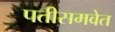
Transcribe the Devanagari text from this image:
पतीसमवेत